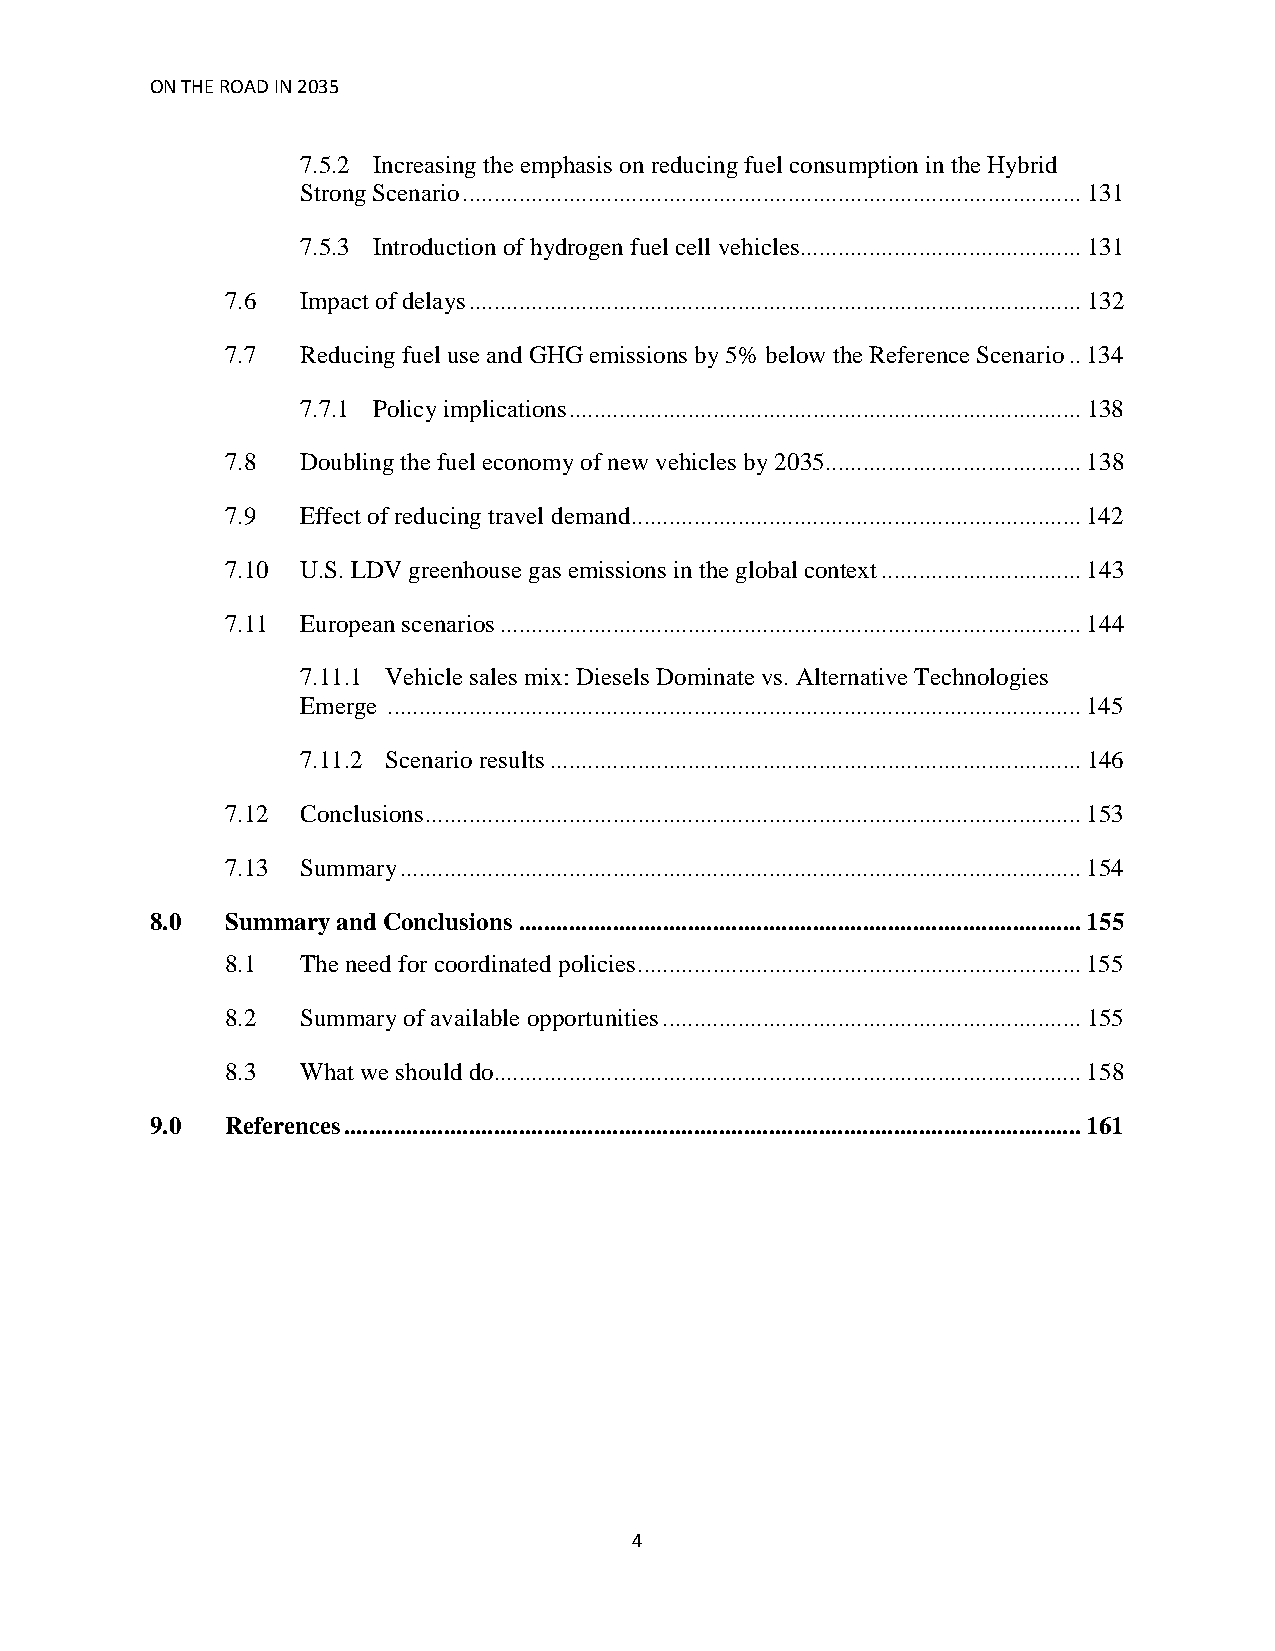
ON THE ROAD IN 2035
 7.5.2 Increasing the emphasis on reducing fuel consumption in the Hybrid
 Strong Scenario...................................................................................................131
 7.5.3 Introduction of hydrogen fuel cell vehicles.............................................131
 7.6  Impact of delays..................................................................................................132
 7.7  Reducing fuel use and GHG emissions by 5% below the Reference Scenario..134
 7.7.1 Policy implications..................................................................................138
 7.8  Doubling the fuel economy of new vehicles by 2035.........................................138
 7.9  Effect of reducing travel demand........................................................................142
 7.10 U.S. LDV greenhouse gas emissions in the global context................................143
 7.11 European scenarios.............................................................................................144
 7.11.1 Vehicle sales mix: Diesels Dominate vs. Alternative Technologies
 Emerge ...............................................................................................................145
 7.11.2 Scenario results.....................................................................................146
 7.12 Conclusions.........................................................................................................153
 7.13 Summary.............................................................................................................154
 8.0  Summary and Conclusions..........................................................................................155
 8.1  The need for coordinated policies.......................................................................155
 8.2  Summary of available opportunities...................................................................155
 8.3  What we should do..............................................................................................158
 9.0  References......................................................................................................................161
 4